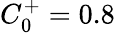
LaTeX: C_{0}^{+}=0.8